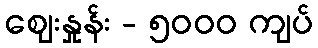
ဈေးနှုန်း - ၅၀၀၀ ကျပ်